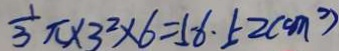
\frac { 1 } { 3 } \pi \times 3 ^ { 2 } \times 6 = 5 6 \cdot 5 2 ( c m ^ { 2 } )